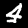
Label: 4